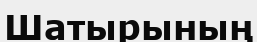
Шатырының